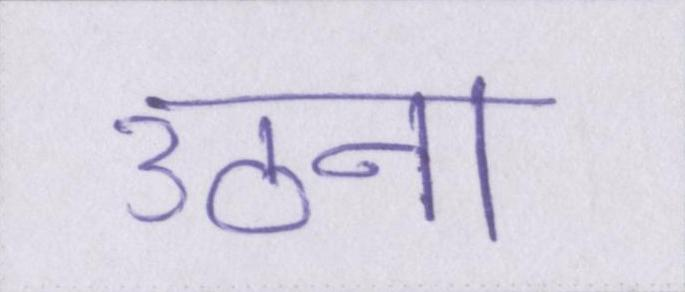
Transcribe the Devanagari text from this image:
उठना